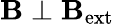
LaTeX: \mathbf{B}\perp\mathbf{B}_{\mathrm{ext}}